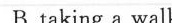
B. talking a walk